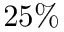
2 5 \%